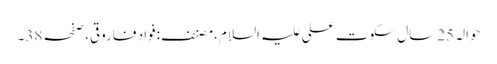
حوالہ 25سال سکوتِ علی علیہ السلام،مصنف:فواد فاروقی،صفحہ38۔